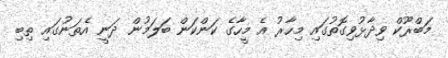
މަބްރޫކް ވިދާޅުވިގޮތުގައި މިހާރު އެ މީހާގެ ކަންކަން ބަލަމުން ދަނީ އެތަނުގައި ތިބި